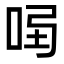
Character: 𠱣